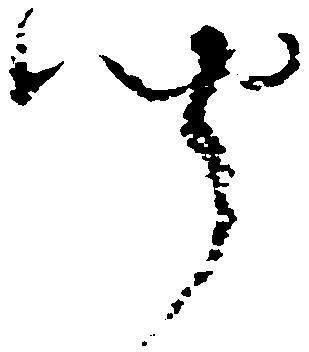
聞